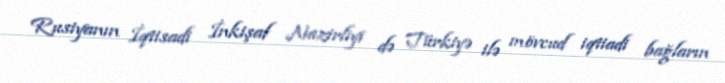
Rusiyanın İqtisadi İnkişaf Nazirliyi də Türkiyə ilə mövcud iqtiadi bağların